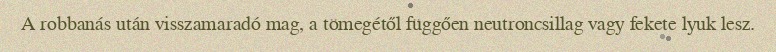
A robbanás után visszamaradó mag, a tömegétől függően neutroncsillag vagy fekete lyuk lesz.